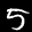
Label: 5